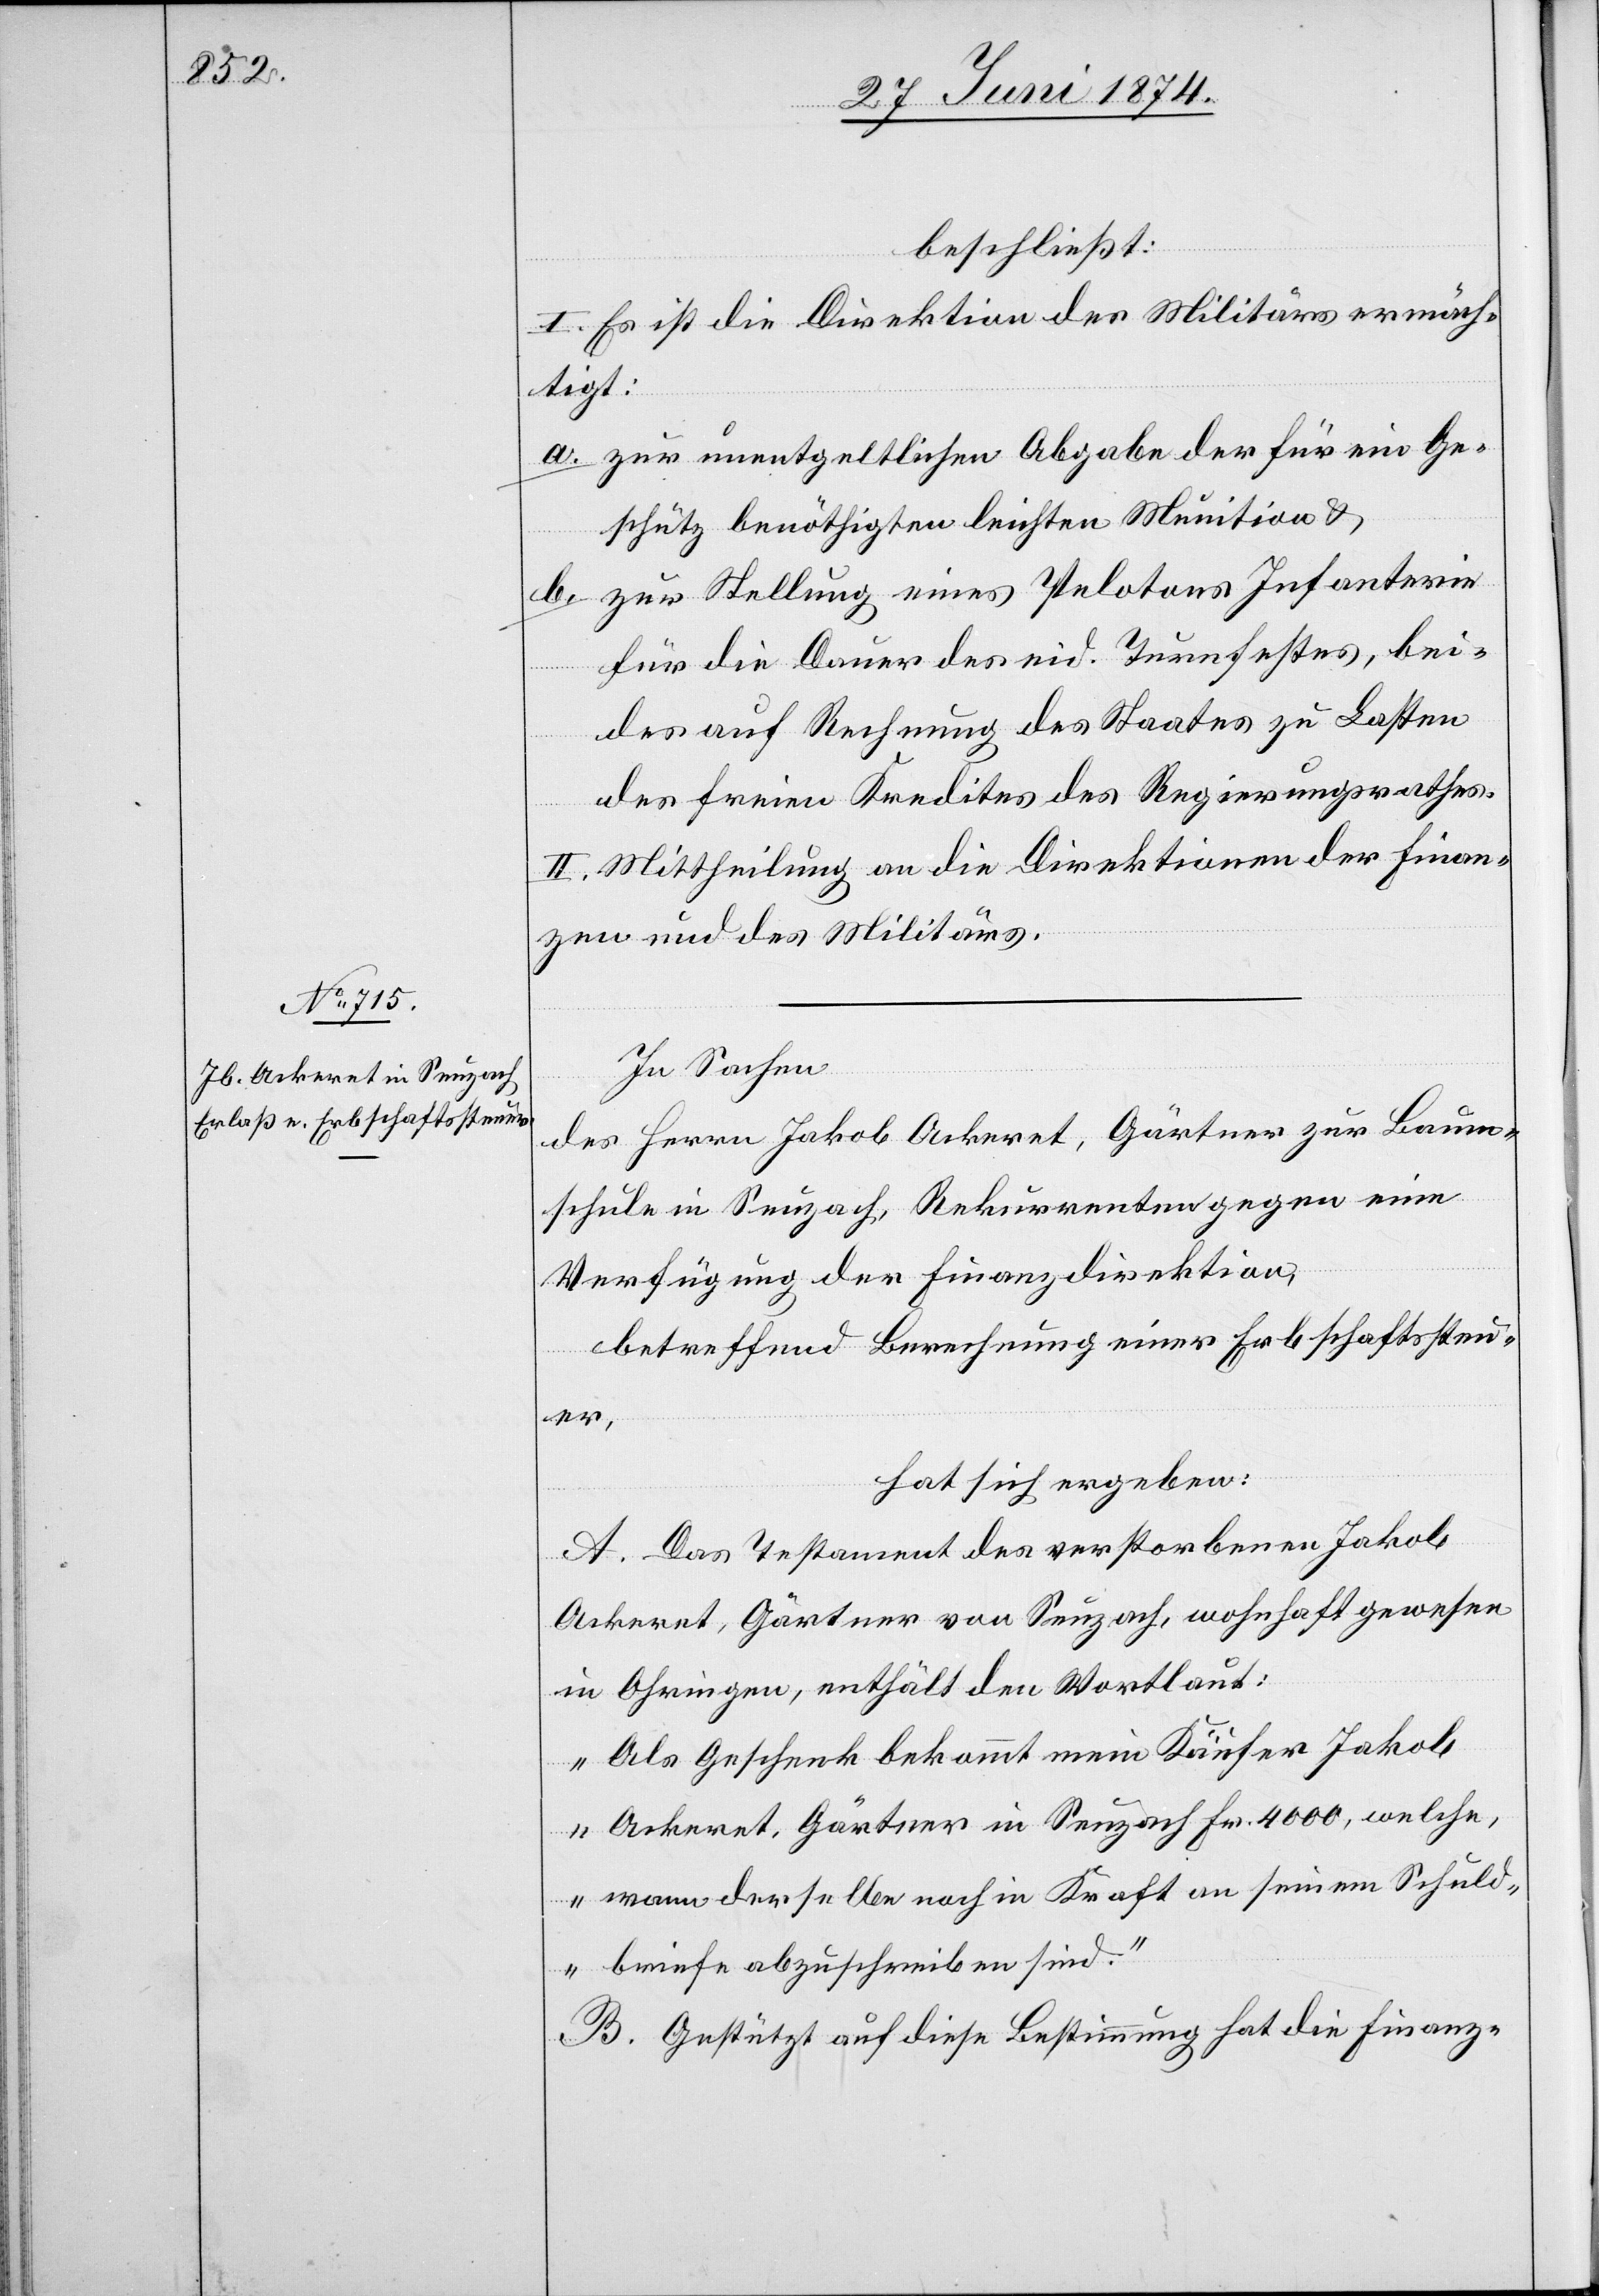
beschließt:
I. Es ist die Direktion des Militärs ermäch¬
tigt:
a. zur unentgeltlichen Abgabe der für ein Ge¬
schütz benöthigten leichten Munition u.
b. zur Stellung eines Pelotons Infanterie
für die Dauer des eid. Turnfestes, bei¬
des auf Rechnung des Staates zu Lasten
des freien Kredites des Regierungsrathes.
II. Mittheilung an die Direktion der Finan¬
zen und des Militärs.
In Sachen
des Herrn Jakob Ackeret, Gärtner zur Baum¬
schule in Seuzach, Rekurrenten gegen eine
Verfügung der Finanzdirektion,
betreffend Berechnung einer Erbschaftssteu¬
er,
hat sich ergeben:
A. Das Testament des verstorbenen Jakob
Ackeret, Gärtner von Seuzach, wohnhaft gewesen
in Ohringen, enthält den Wortlaut:
„Als Geschenk bekommt mein Käufer Jakob
Ackeret, Gärtner in Seuzach Fr. 4000, welche,
wann derselbe noch in Kraft[,] an seinem Schuld¬
briefe abzuschreiben sind.“
B. Gestützt auf diese Bestimmung hat die Finanz-